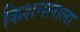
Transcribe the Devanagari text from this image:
किशनलाला